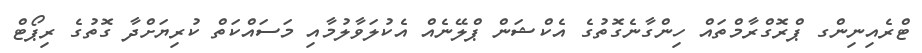
ޓްރެއިނިންގ ޕްރޮގްރާމްތައް ހިންގާނެގޮތުގެ އެކްޝަން ޕްލޭނެއް އެކުލަވާލުމާއި މަސައްކަތް ކުރިޔަށްދާ ގޮތުގެ ރިޕޯޓް